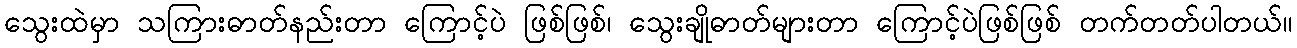
သွေးထဲမှာ သကြားဓာတ်နည်းတာ ကြောင့်ပဲ ဖြစ်ဖြစ်၊ သွေးချိုဓာတ်များတာ ကြောင့်ပဲဖြစ်ဖြစ် တက်တတ်ပါတယ်။